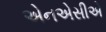
એનએસીએ